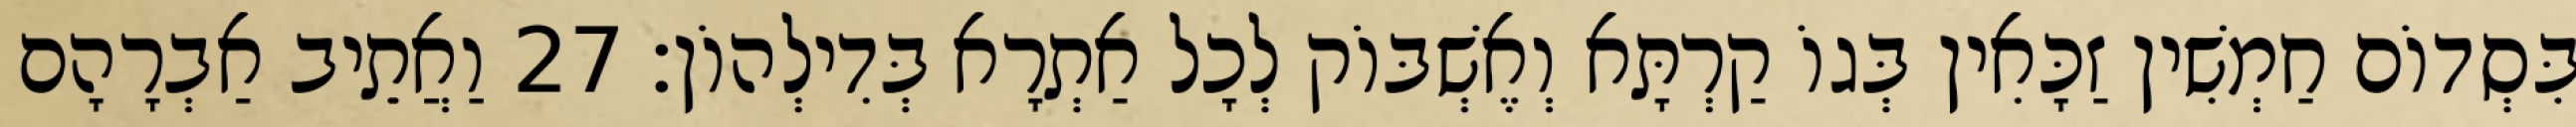
בִּסְדוֹם חַמְשִׁין זַכָּאִין בְּגוֹ קַרְתָּא וְאֶשְׁבּוֹק לְכָל אַתְרָא בְּדִילְהוֹן׃ 27 וַאֲתֵיב אַבְרָהָם